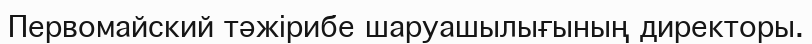
Первомайский тәжірибе шаруашылығының директоры.